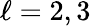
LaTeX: \ell=2,3